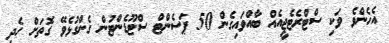
އެހެންވެ ވަކި ސްޓްރެޓެޖީއެއް ބާއްވައިގެން 50 ޕަސެންޓް ސްޓޫޑެންޓުން ގެންގުޅެވޭ ގޮތަށް ހެދި